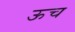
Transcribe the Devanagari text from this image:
ऊच